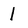
Character: l